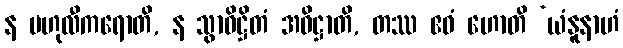
န ဗဟုလီကရောတိ, န သွာဓိဋ္ဌိတံ အဓိဋ္ဌာတိ, တဿ ဧဝံ ဟောတိ ‘ယံနူနာဟံ